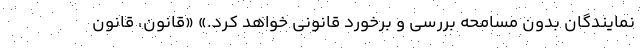
نمایندگان بدون مسامحه بررسی و برخورد قانونی خواهد کرد.» «قانون، قانون